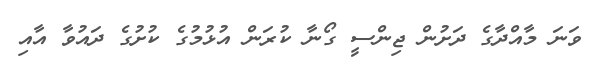
ވަނަ މާއްދާގެ ދަށުން ޖިންސީ ގޯނާ ކުރަން އުޅުމުގެ ކުށުގެ ދައުވާ އާއި